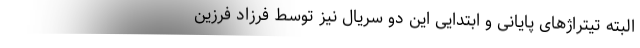
البته تیتراژهای پایانی و ابتدایی این دو سریال نیز توسط فرزاد فرزین